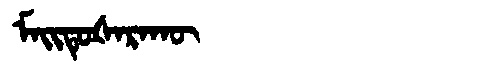
Manchu: ᠮᠠᡳᡨᡠᡧᠠᡵᠠᡴᡡ
Romanization: MAITUŠARAKŪ